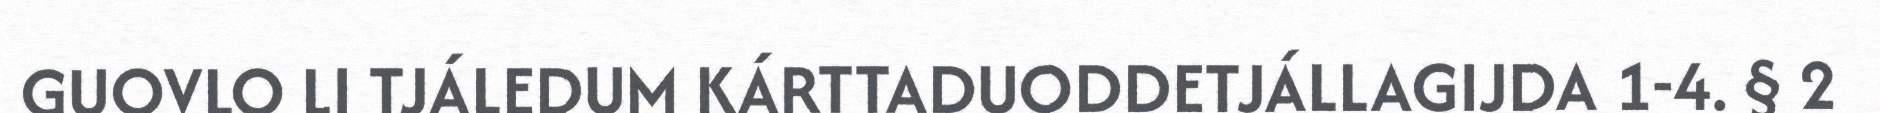
GUOVLO LI TJÁLEDUM KÁRTTADUODDETJÁLLAGIJDA 1-4. § 2